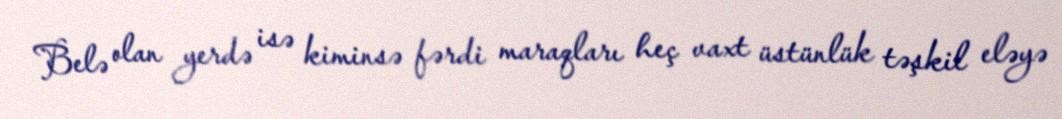
Belə olan yerdə isə kiminsə fərdi maraqları heç vaxt üstünlük təşkil eləyə